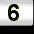
Digit: 6